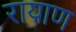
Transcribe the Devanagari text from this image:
रायाण